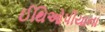
ઈથિઓપીયાના